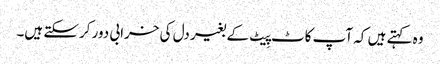
وہ کہتے ہیں کہ آپ کاٹ پِیٹ کے بغیر دل کی خرابی دور کرسکتے ہیں۔